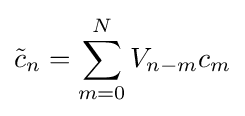
{\tilde {c}}_{n}=\sum _{m=0}^{N}V_{n-m}c_{m}